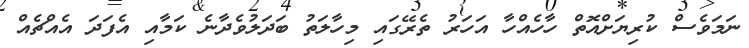
ނަމަވެސް ކުރިޔަށްއޮތް ހާހެއްހާ އަހަރު ތެރޭގައި މިހާލަތު ބަދަލުވެދާނެ ކަމާއި އެފަދަ އެއްޗެއް